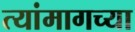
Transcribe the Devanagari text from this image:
त्यांमागच्या